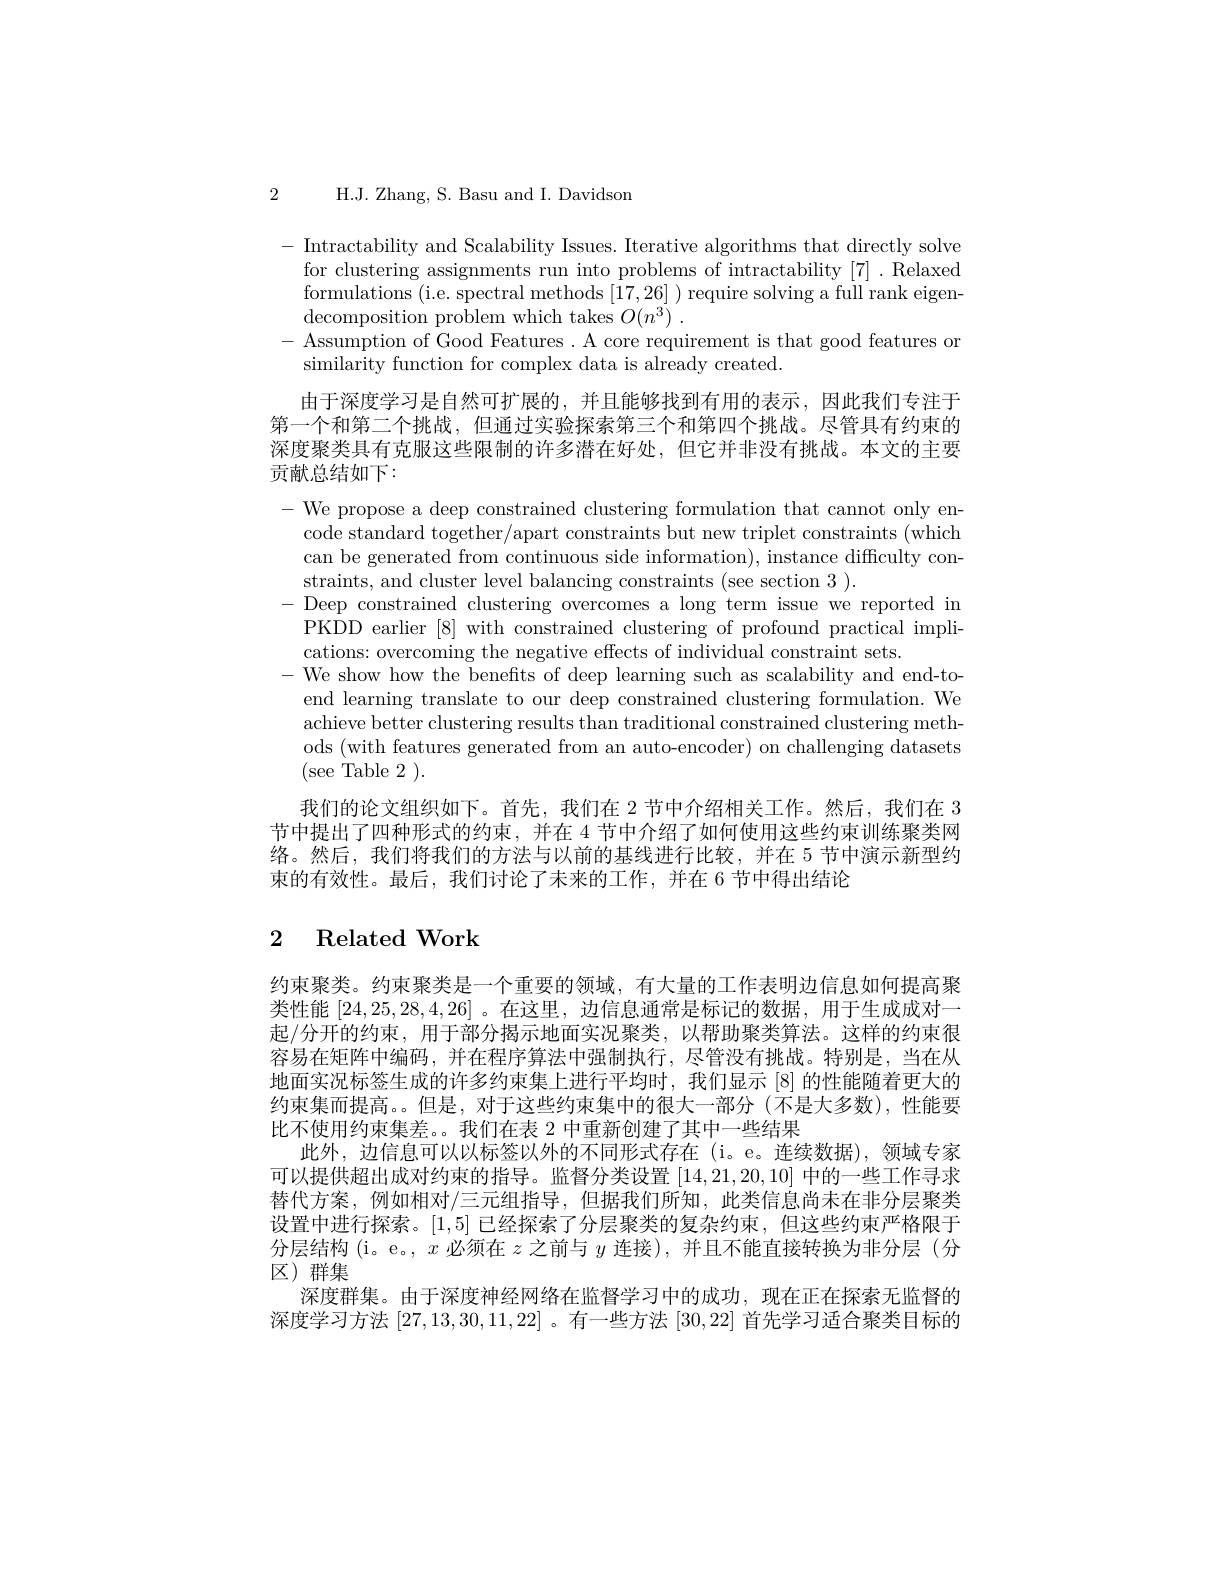
2 H.J. Zhang, S. Basu and I. Davidson

- Intractability and Scalability Issues. Iterative algorithms that directly solve
for clustering assignments run into problems of intractability [7]. Relaxed formulations (i.e. spectral methods [17,26] ) require solving a full rank eigen- ${\mathrm{decomposition~problem~which~takes~}O(n^{3})~.}$
- Assumption of Good Features . A core requirement is that good features or
similarity function for complex data is already created.
由于深度学习是自然可扩展的，并且能够找到有用的表示，因此我们专注于第一个和第二个挑战，但通过实验探索第三个和第四个挑战。尽管具有约束的深度聚类具有克服这些限制的许多潜在好处，但它并非没有挑战。本文的主要贡献总结如下：

- We propose a deep constrained clustering formulation that cannot only en-
code standard together/apart constraints but new triplet constraints (which can be generated from continuous side information), instance difficulty constraints, and cluster level balancing constraints (see section 3 ).
-Deep constrained clustering overcomes a long term issue we reported in
PKDD earlier [8] with constrained clustering of profound practical impli-
cations: overcoming the negative effects of individual constraint sets.
- We show how the benefits of deep learning such as scalability and end-to-
end learning translate to our deep constrained clustering formulation. We achieve better clustering results than traditional constrained clustering methods (with features generated from an auto-encoder) on challenging datasets (see Table 2 ).
我们的论文组织如下。首先，我们在 2 节中介绍相关工作。然后，我们在 3节中提出了四种形式的约束，并在 4 节中介绍了如何使用这些约束训练聚类网络。然后，我们将我们的方法与以前的基线进行比较，并在 5 节中演示新型约束的有效性。最后，我们讨论了未来的工作，并在 6 节中得出结论

## 2 Related Work

约束聚类。约束聚类是一个重要的领域，有大量的工作表明边信息如何提高聚类性能[24,25,28,4,26] 。在这里，边信息通常是标记的数据，用于生成成对一起/分开的约束，用于部分揭示地面实况聚类，以帮助聚类算法。这样的约束很容易在矩阵中编码，并在程序算法中强制执行，尽管没有挑战。特别是，当在从地面实况标签生成的许多约束集上进行平均时，我们显示[8]的性能随着更大的约束集而提高。。但是，对于这些约束集中的很大一部分 (不是大多数),性能要比不使用约束集差。。我们在表 2 中重新创建了其中一些结果
此外，边信息可以以标签以外的不同形式存在(i。e。连续数据),领域专家可以提供超出成对约束的指导。监督分类设置[14,21,20,10]中的一些工作寻求替代方案，例如相对/三元组指导，但据我们所知，此类信息尚未在非分层聚类设置中进行探索。[1,5]已经探索了分层聚类的复杂约束，但这些约束严格限于分层结构 (i。e。, $x$必须在$z$之前与$y$连接),并且不能直接转换为非分层(分$区)$群集
深度群集。由于深度神经网络在监督学习中的成功，现在正在探索无监督的深度学习方法[27,13,30,11,22] 。有一些方法[30,22]首先学习适合聚类目标的